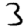
Digit: 3